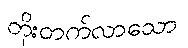
တိုးတက်လာသော